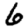
Digit: 6